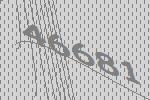
46681